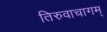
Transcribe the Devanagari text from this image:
तिरुवाचागम्‌